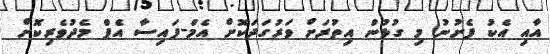
އާއި އެކު ފެށުނު މި ގުޅުން އިތުރަށް ވަރުގަދަކޮށް އެމް-ފައިސާ އެޕް މެދުވެރިކޮށް